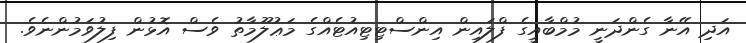
އަދި އޭނާ ގެންދަނީ މުމްބާއީގެ ފްލައިން އިންސްޓިޓިއުޓެއްގެ މަޢުލޫމާތު ވެސް އޮޅުން ފިލުވަމުންނެވެ.